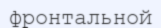
фронтальной